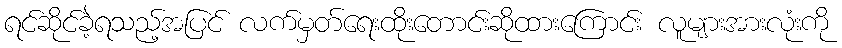
ရင်ဆိုင်ခဲ့ရသည့်အပြင် လက်မှတ်ရေးထိုးတောင်းဆိုထားကြောင်း လူများအားလုံးကို